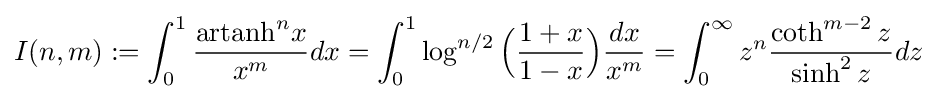
I(n,m):=\int _{0}^{1}{\dfrac {{\text{artanh}}^{n}x}{x^{m}}}dx=\int _{0}^{1}\log ^{n/2}{\Bigl (}{\dfrac {1+x}{1-x}}{\Bigr )}{\dfrac {dx}{x^{m}}}=\int _{0}^{\infty }z^{n}{\dfrac {\coth ^{m-2}z}{\sinh ^{2}z}}dz